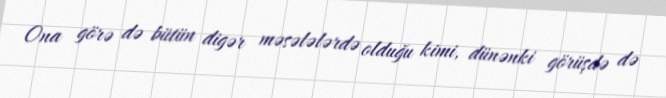
Ona görə də bütün digər məsələlərdə olduğu kimi, dünənki görüşdə də